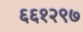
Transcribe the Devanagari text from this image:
६६१२९७